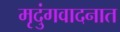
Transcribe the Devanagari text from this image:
मृदुंगवादनात